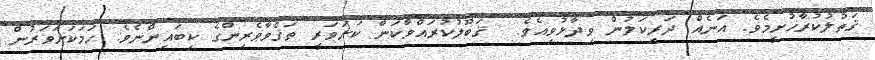
ޤަތުލުކުރާހުށީމެވެ. އަނެއް ދަރިކަލުން ވިދާޅުވިއެވެ.  ޤަބޫލުކުރައްވާކަން ކަށަވަރީ ތަޤްވާވެރިންގެ ކިބައިންނެވެ. ހަމަކަށަވަރުން